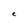
Character: e